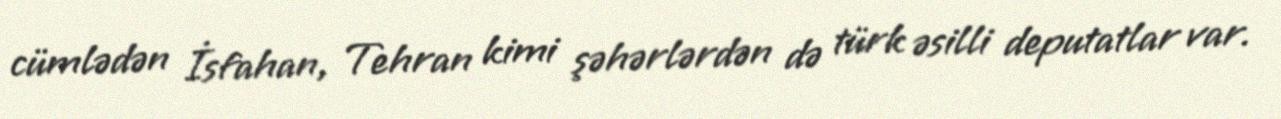
cümlədən İsfahan, Tehran kimi şəhərlərdən də türk əsilli deputatlar var.